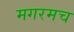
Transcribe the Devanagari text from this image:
मगरमच